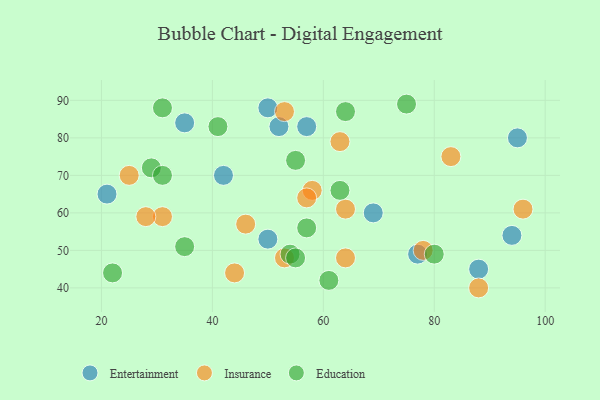
{"axis": {"x": "GDP", "y": "Life Expectancy"}, "legend": ["Education", "Entertainment", "Insurance"], "data": [{"x": "50", "y": 88, "type": "Entertainment"}, {"x": "50", "y": 53, "type": "Entertainment"}, {"x": "69", "y": 60, "type": "Entertainment"}, {"x": "57", "y": 83, "type": "Entertainment"}, {"x": "88", "y": 45, "type": "Entertainment"}, {"x": "21", "y": 65, "type": "Entertainment"}, {"x": "42", "y": 70, "type": "Entertainment"}, {"x": "35", "y": 84, "type": "Entertainment"}, {"x": "52", "y": 83, "type": "Entertainment"}, {"x": "77", "y": 49, "type": "Entertainment"}, {"x": "94", "y": 54, "type": "Entertainment"}, {"x": "95", "y": 80, "type": "Entertainment"}, {"x": "25", "y": 70, "type": "Insurance"}, {"x": "63", "y": 79, "type": "Insurance"}, {"x": "64", "y": 61, "type": "Insurance"}, {"x": "31", "y": 59, "type": "Insurance"}, {"x": "53", "y": 87, "type": "Insurance"}, {"x": "64", "y": 48, "type": "Insurance"}, {"x": "78", "y": 50, "type": "Insurance"}, {"x": "28", "y": 59, "type": "Insurance"}, {"x": "44", "y": 44, "type": "Insurance"}, {"x": "53", "y": 48, "type": "Insurance"}, {"x": "58", "y": 66, "type": "Insurance"}, {"x": "96", "y": 61, "type": "Insurance"}, {"x": "88", "y": 40, "type": "Insurance"}, {"x": "83", "y": 75, "type": "Insurance"}, {"x": "57", "y": 64, "type": "Insurance"}, {"x": "46", "y": 57, "type": "Insurance"}, {"x": "80", "y": 49, "type": "Education"}, {"x": "22", "y": 44, "type": "Education"}, {"x": "54", "y": 49, "type": "Education"}, {"x": "64", "y": 87, "type": "Education"}, {"x": "31", "y": 88, "type": "Education"}, {"x": "55", "y": 74, "type": "Education"}, {"x": "29", "y": 72, "type": "Education"}, {"x": "31", "y": 70, "type": "Education"}, {"x": "41", "y": 83, "type": "Education"}, {"x": "75", "y": 89, "type": "Education"}, {"x": "57", "y": 56, "type": "Education"}, {"x": "61", "y": 42, "type": "Education"}, {"x": "35", "y": 51, "type": "Education"}, {"x": "55", "y": 48, "type": "Education"}, {"x": "63", "y": 66, "type": "Education"}]}